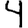
Digit: 4